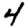
Digit: 4